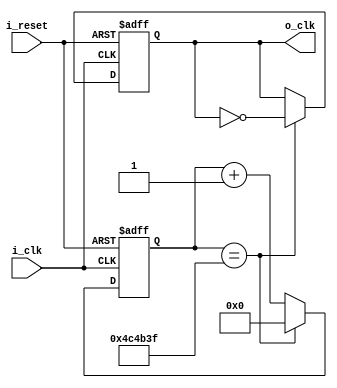
`timescale 1ns / 1ps
//////////////////////////////////////////////////////////////////////////////////
// Company: 
// Engineer: 
// 
// Design Name: 
// Module Name: clock_digit_divider
// Project Name: 
// Target Devices: 
// Tool Versions: 
// Description: 
// 
// Dependencies: 
// 
// Revision:
// Revision 0.01 - File Created
// Additional Comments:
// 
//////////////////////////////////////////////////////////////////////////////////


module clock_digit_divider(
    input i_clk, i_reset,
    output o_clk
    );

    reg [31:0] r_counter = 0;
    reg r_clk = 0;
    assign o_clk = r_clk;

    always @(posedge i_clk or posedge i_reset) begin
        if(i_reset) begin
            r_clk <= 0;
            r_counter <= 0;
        end
        else begin
            if(r_counter == 5_000_000 - 1) begin
                r_counter <= 0;
                r_clk <= ~r_clk;
            end
            else begin
                r_counter <= r_counter + 1;
            end
        end
    end
endmodule